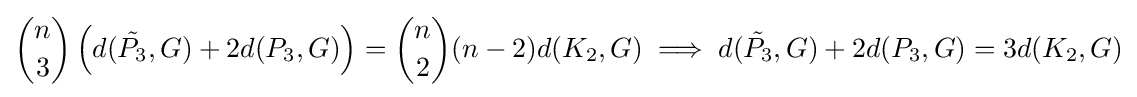
{\binom {n}{3}}\left(d({\tilde {P_{3}}},G)+2d(P_{3},G)\right)={\binom {n}{2}}(n-2)d(K_{2},G)\implies d({\tilde {P_{3}}},G)+2d(P_{3},G)=3d(K_{2},G)